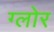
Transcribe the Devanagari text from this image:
ग्लोर